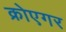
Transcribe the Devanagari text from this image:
क्रोएगर